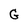
Character: G